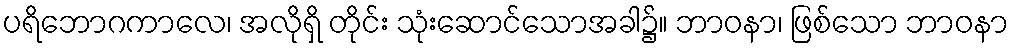
ပရိဘောဂကာလေ၊ အလိုရှိ တိုင်း သုံးဆောင်သောအခါ၌။ ဘာဝနာ၊ ဖြစ်သော ဘာဝနာ